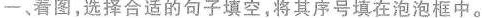
一、看图,选择合适的句子填空,将其序号填在泡泡框中。